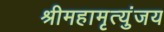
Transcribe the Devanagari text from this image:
श्रीमहामृत्युंजय